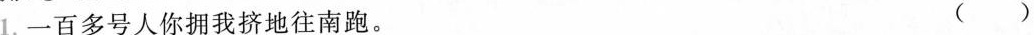
1.一百多号人你\underset{·}{拥}我挤地往南跑。 ( )